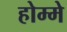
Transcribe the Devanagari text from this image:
होम्मे